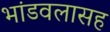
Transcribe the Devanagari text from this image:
भांडवलासह